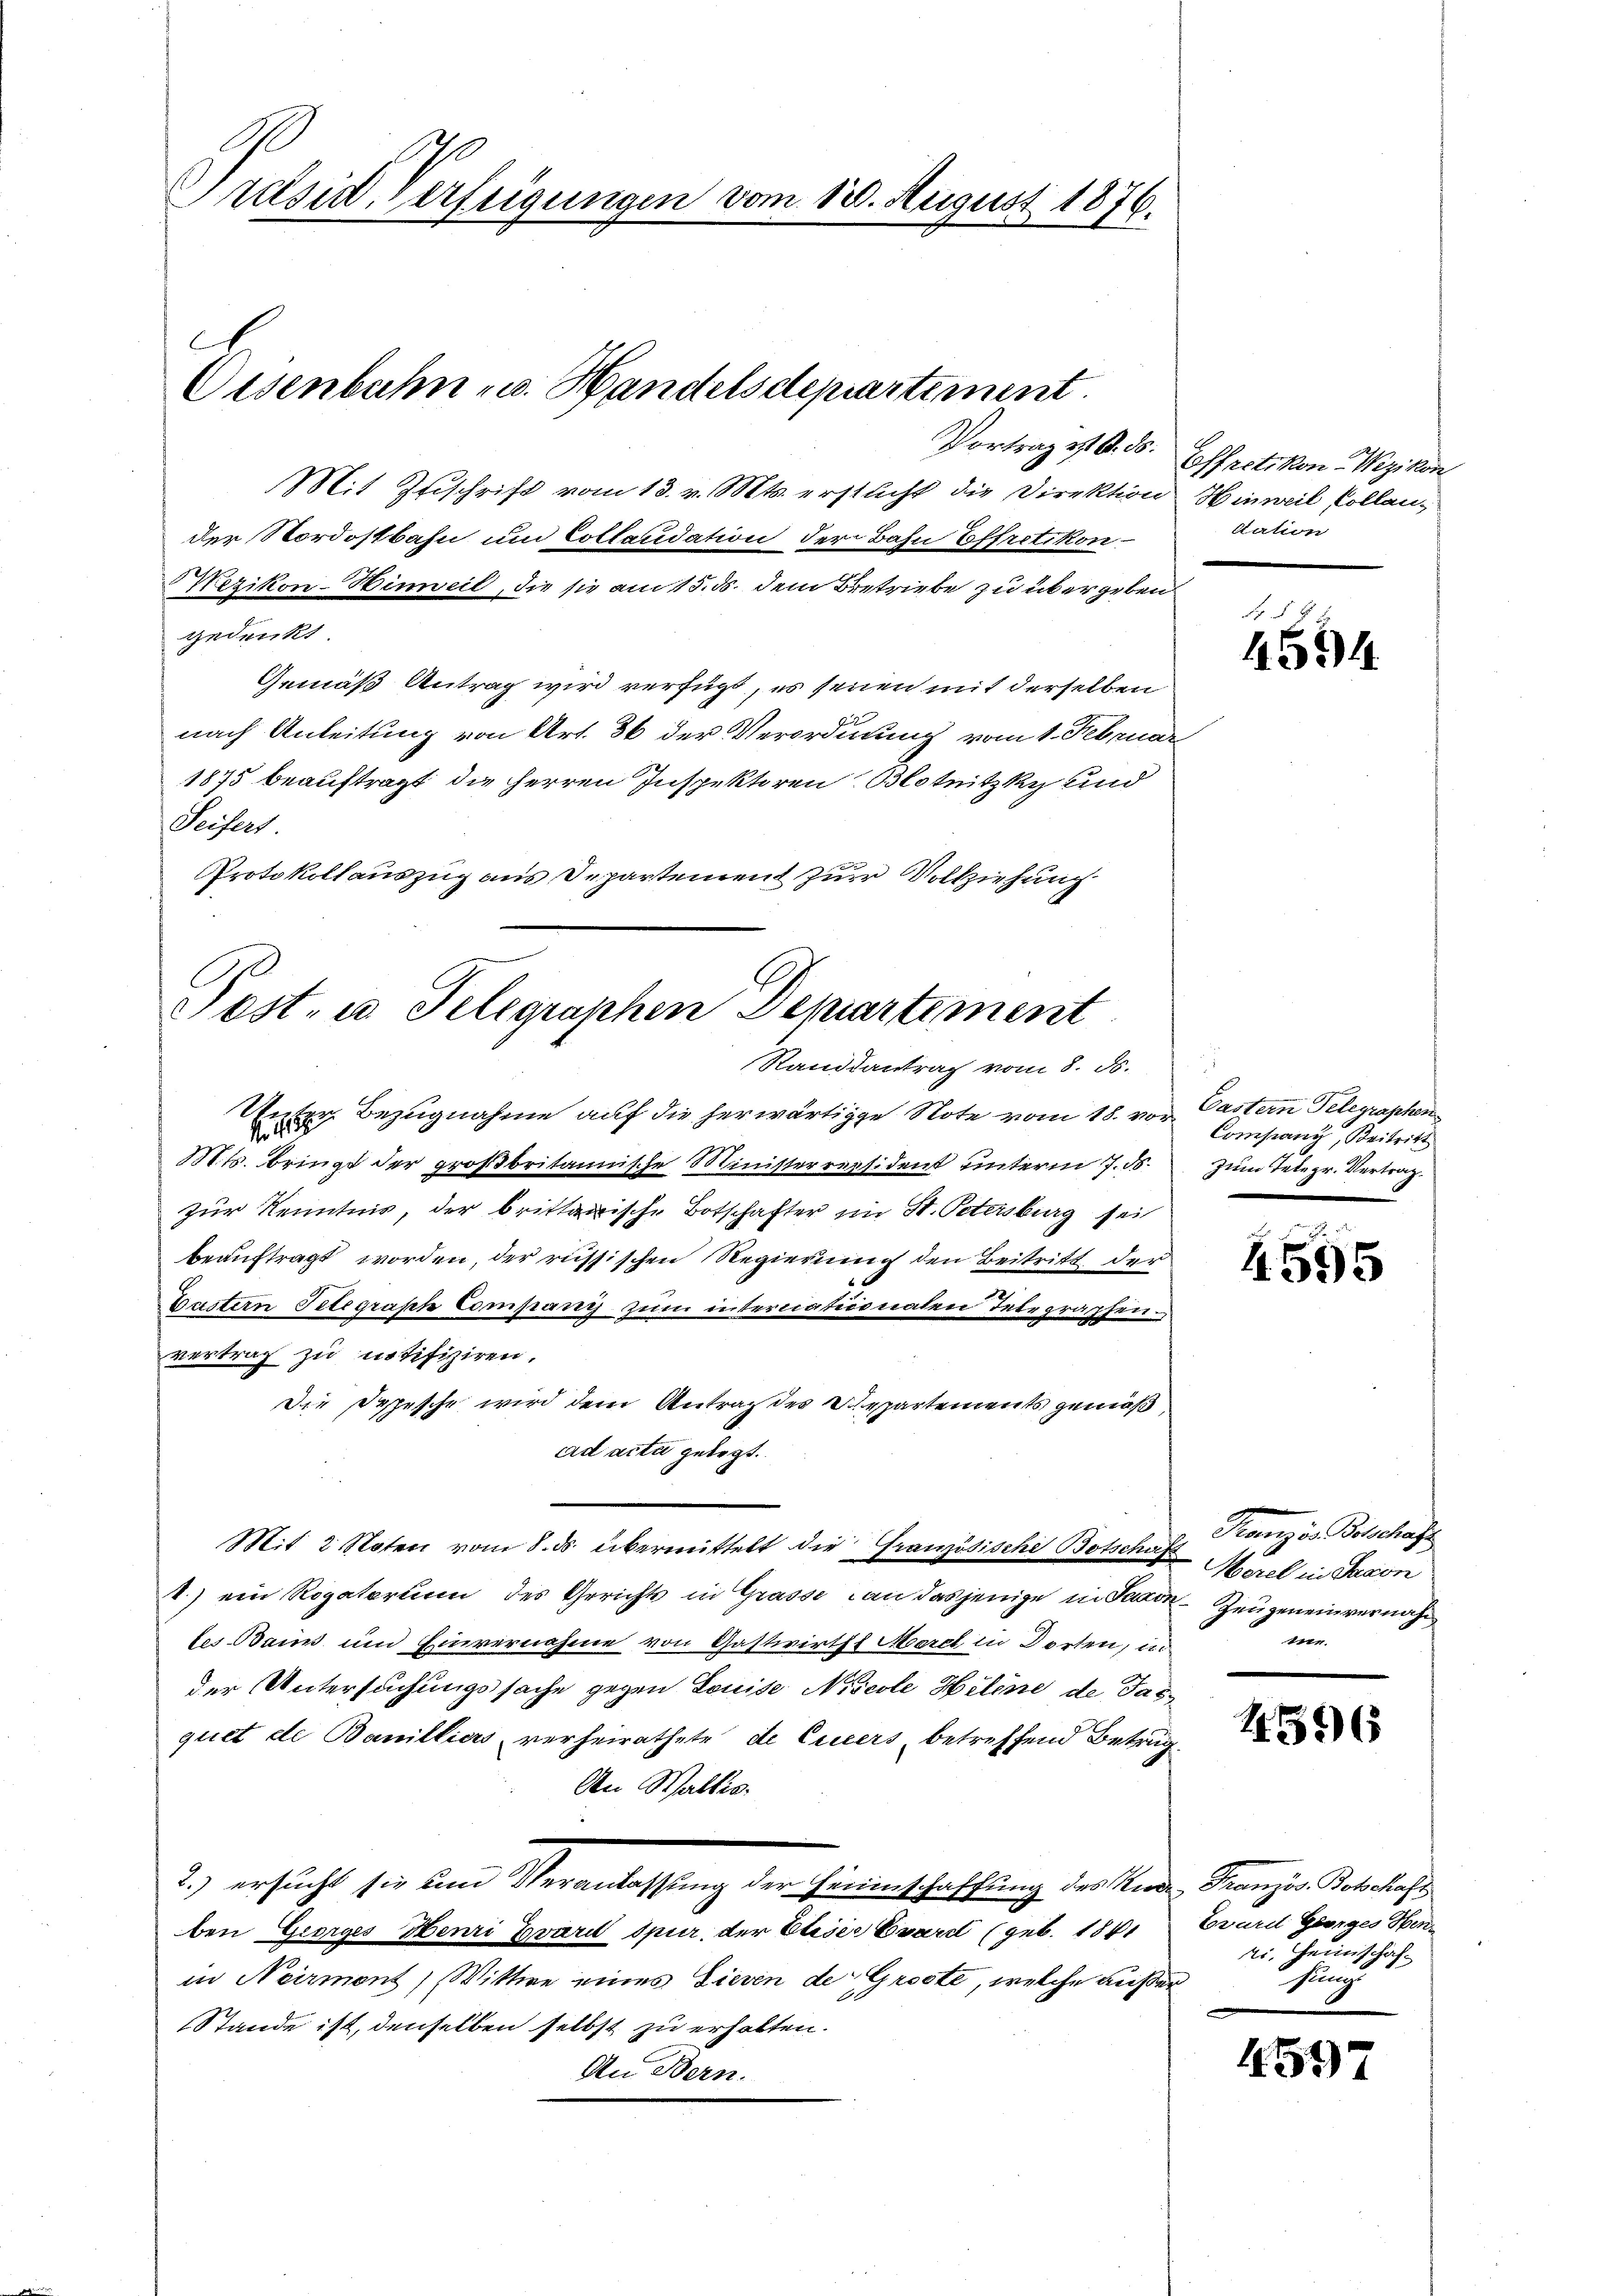
Pulsid Verfügungen vom 120. August 1816.

Oisenbahn u. Handelsdepartement.

Mit Zuschrift vom 13. v. Mts. erstucht die Direktion Hinweil Collander Nordostbahn um Collaudation der Bahn Effretikon
Wezikon-Hinweil, die sie am 15. ds. dem Betriebe zu übergeben.
gedenkt
Gemäß Antrag wird verfügt, es seien mit derselben
nach Anleitung von Art. 36 der Verordnung vom 1. Februar
1875 beauftragt die Herren Inspektoren Blotnitzky und
Seifers
Protokollauszug aus Departement zur Vollziehung

C
Post- u. Telegraphen Departement
Standsantrag vom 8. d.
Au
 Bezugnahme auf die herwärtige Note vom 18. vor Gastern Telegraphen

Vortrag ist. O. S. Hoffretikon - Wezikon
Station

Mts. bringt der großbritannische Ministerresident unterm 7. ds.
zur Kenntnis, der brittanische Botschafter im St. Petersburg sei
beauftragt worden, der russischen Regierung den Beitritt der
Castern Telegraph Company zum internationalen Telegraphen
vertrag zu notifiziren.
Die Depesche wird dem Antrag des Departements gemäß
ad acta gelegt.
Mit 2 Noten vom 8. ds. übermittelt die Granzösische Botschuf Morel in Baron
V.) ein Rogatorium des Gerichts in Grasse an dasjenige in Saxon Zeugeneinvernäh
tes Baur und Einvernahme von Gastwirths Morel, in Dorten, in
der Untersuchungssache gegen Louise Nicole Hiline de Tass
quet de Banilliers verheirathete de Ciciers betreffend Betrug.
An Waltis.
2.) ersucht sie um Veranlassung der Hinenschaffung der Miben Georges Henri Zvard Spur, der Eliser Evard (geb. 1841
in Neizmont) Wittwe eines Sieven der Gröste, welche außer¬
Stande ist, denselben selbst zu erhalten.
An Bern.

f 5 x
4594

Company, Beitritt
zum Telegr. Vertrag

4595

Französ. Geschaft
me.

4596

Tranzös. Botschaft
Eovare Georges Henr
s. Heimschaf
fing

4597